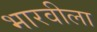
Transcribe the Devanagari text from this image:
भारवीला